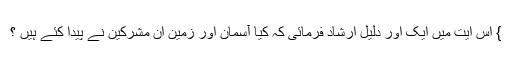
} اس آیت میں ایک اور دلیل ارشاد فرمائی کہ کیا آسمان اور زمین ان مشرکین نے پیدا کئے ہیں ؟